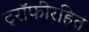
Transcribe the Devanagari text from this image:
ट्रॉफीरहित